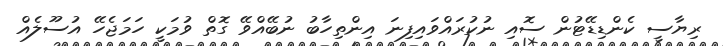
ރިޔާސީ ކެންޑިޑޭޓުން ސޮއި ނުކުރައްވައިފިނަ އިންތިހާބު ނުބޭއްވޭ ގޮތް ވުމަކީ ހަމަޖެހޭ އުސޫލެއް